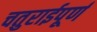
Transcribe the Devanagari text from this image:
चतुराईपूर्ण